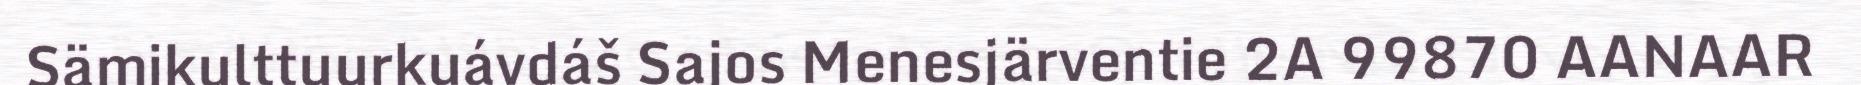
Sämikulttuurkuávdáš Sajos Menesjärventie 2A 99870 AANAAR